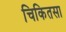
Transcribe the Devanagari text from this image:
चिकितसा